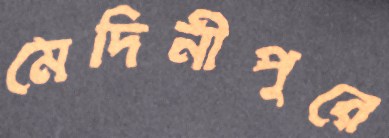
মেদিনীপুরে